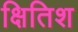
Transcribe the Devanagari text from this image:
क्षितिश